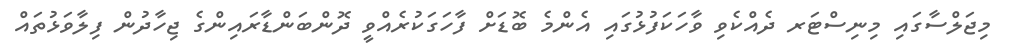
މިޖަލްސާގައި މިނިސްޓަރ ދެއްކެވި ވާހަކަފުޅުގައި އެންމެ ބޮޑަށް ފާހަގަކުރެއްވީ ދޮންބަންޑާރައިންގެ ޖިހާދުން ފިލާވަޅުތައް